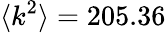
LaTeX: \langle k^{2}\rangle=205.36